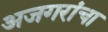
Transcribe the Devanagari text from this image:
अजगरांचा